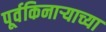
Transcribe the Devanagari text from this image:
पूर्वकिनाऱ्याच्या